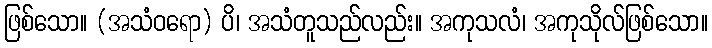
ဖြစ်သော။ (အသံဝရော) ပိ၊ အသံတူသည်လည်း။ အကုသလံ၊ အကုသိုလ်ဖြစ်သော။